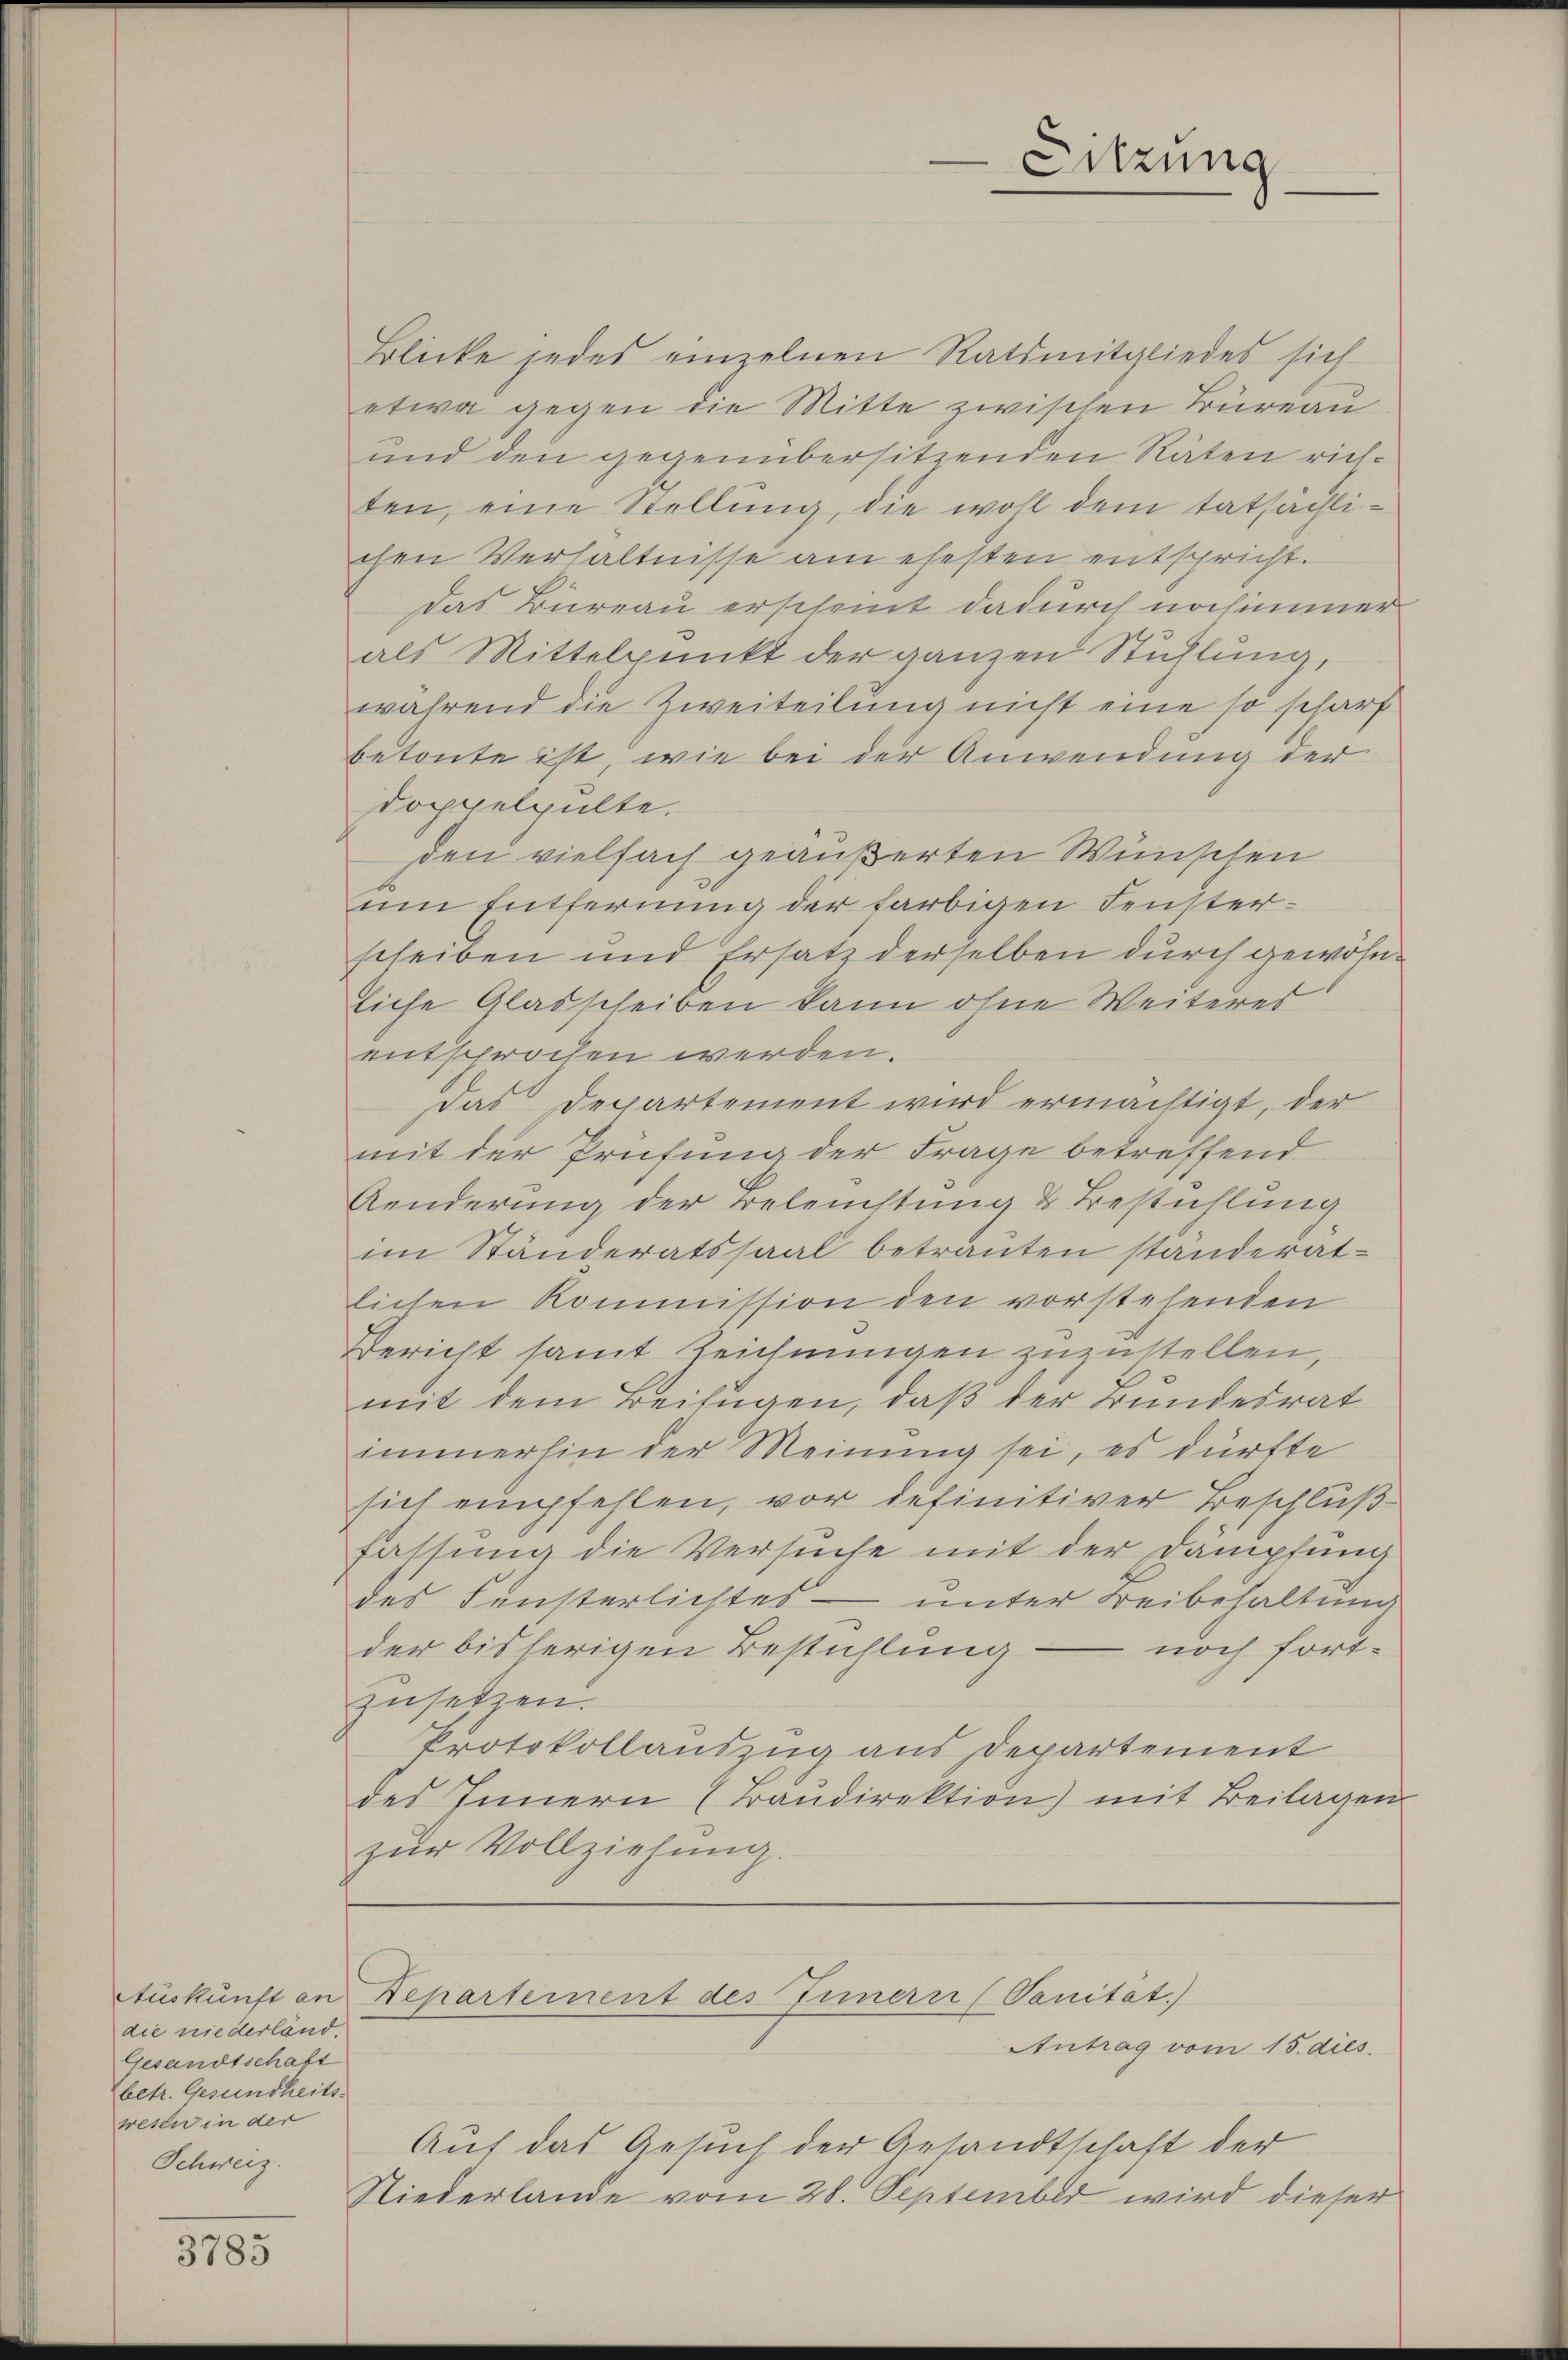
Auskunft an
die niederländ.
Gesandtschaft
betr. Gesundheits-
wesen in der
Schweiz.

3785

Blicke jedes einzelnen Ratsmitgliedes sich
etwa gegen die Mitte zwischen Büreau
und den gegenübersitzenden Räten richten, eine Stellŭng, die wohl dem tatsächlichen Verhältnisse am ehesten entspricht.
das Bureau erscheint dadurch nochimmer
als Mittelpunkt der ganzen Stühlung,
während die Zweiteilung nicht eine so scharf
betonte ist, wie bei der Anwendung der
doppelpulte.
den vielfach geäußerten Wünschen
um Entfernung der farbigen Fensterscheiben und Ersatz derselben durch gewohnliche Glatscheiben kann ohne Weiteres
entsprochen werden.
Das Departement wird ermächtigt, der
mit der Prüfung der Frage betreffend
Aenderung der Beleuchtung & Bestühlung
im Ständeratssaal betrauten ständerat-
lichen Kommission den vorstehenden
Bericht samt Zeichnungen zuzustellen,
mit dem Beifügen, daß der Bundesrat
immerhin der Meinung sei, es dürfte
sich empfehlen, vor definitiver Beschluß
fassung die Versuche mit der Dämpfung
des Fensterlichtes - unter Freibehaltung
der bisherigen Bestühlung – noch fort-
zusetzen.
Protokollauszug aus Departement
des Innern (Bandirektion) mit Beilagen
zŭr Vollziehung.

Sitzung

Departement des Innern (Sanitat.)
Antrag vom 15. dies

Auf das Gesuch der Gesandtschaft der
Niederlande vom 28. September wird dieser